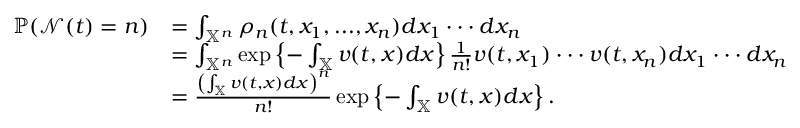
\begin{array} { r l } { \mathbb { P } ( \mathcal { N } ( t ) = n ) } & { = \int _ { \mathbb { X } ^ { n } } \rho _ { n } ( t , x _ { 1 } , . . . , x _ { n } ) d x _ { 1 } \cdot \cdot \cdot d x _ { n } } \\ & { = \int _ { \mathbb { X } ^ { n } } \exp \left\{ - \int _ { \mathbb { X } } v ( t , x ) d x \right\} \frac { 1 } { n ! } v ( t , x _ { 1 } ) \cdot \cdot \cdot v ( t , x _ { n } ) d x _ { 1 } \cdot \cdot \cdot d x _ { n } } \\ & { = \frac { \left( \int _ { \mathbb { X } } v ( t , x ) d x \right) ^ { n } } { n ! } \exp \left\{ - \int _ { \mathbb { X } } v ( t , x ) d x \right\} . } \end{array}